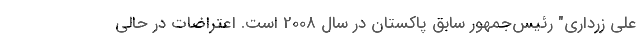
علی زرداری" رئیس‌جمهور سابق پاکستان در سال 2008 است. اعتراضات در حالی